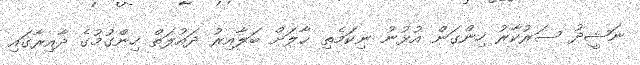
ނަޝީދު ސަރުކާރު ހިންގަން އުޅުނު ނިކަމެތި ޙާލަށް ބަލާއިރު ދައުލަތް ހިންގުމުގެ ދާއިރާގައި